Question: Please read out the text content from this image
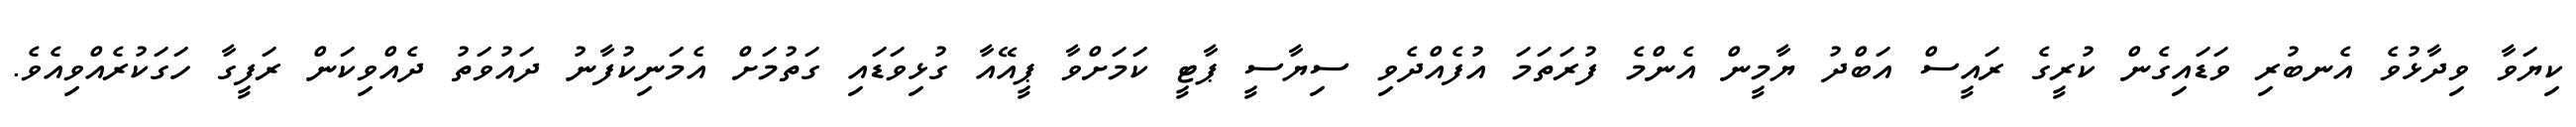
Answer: ކިޔަވާ ވިދާޅުވެ އެނބުރި ވަޑައިގެން ކުރީގެ ރައީސް އަބްދު ޔާމީން އެންމެ ފުރަތަމަ އުފެއްދެވި ސިޔާސީ ޕާޓީ ކަމަށްވާ ޕީއޭއާ ގުޅިވަޑައި ގަތުމަށް އެމަނިކުފާނު ދައުވަތު ދެއްވިކަން ރަފީގާ ހަގަކުރެއްވިއެވެ.